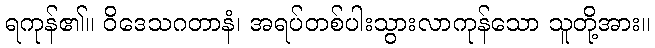
ရကုန်၏။ ဝိဒေသဂတာနံ၊ အရပ်တစ်ပါးသွားလာကုန်သော သူတို့အား။